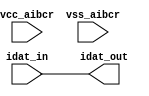
// SPDX-License-Identifier: Apache-2.0
// Copyright (C) 2019 Intel Corporation. 
module aibcr3_txdat_mimic (
	input wire idat_in,
	input wire vcc_aibcr,
	input wire vss_aibcr,
	output wire idat_out
);

	assign idat_out = idat_in;

endmodule